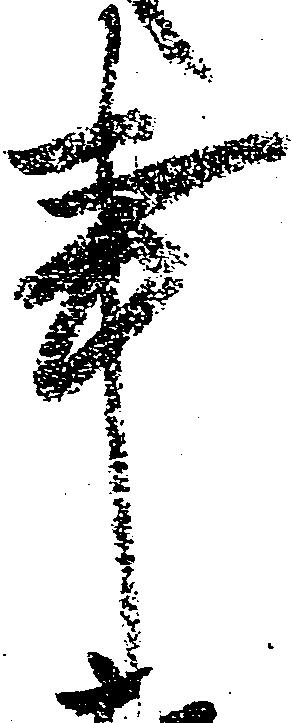
事